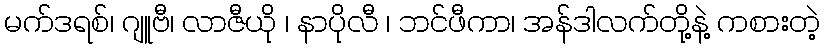
မက်ဒရစ်၊ ဂျူဗီ၊ လာဇီယို ၊ နာပိုလီ ၊ ဘင်ဖီကာ၊ အန်ဒါလက်တို့နဲ့ ကစားတဲ့